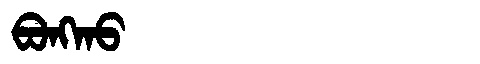
Manchu: ᠪᠣᠩᡴᠣ
Romanization: BONGKO